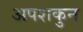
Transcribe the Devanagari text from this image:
अपशकुुन